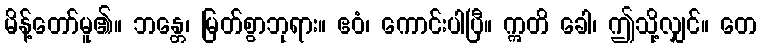
မိန့်တော်မူ၏။ ဘန္တေ၊ မြတ်စွာဘုရား။ ဧဝံ၊ ကောင်းပါပြီ။ ဣတိ ခေါ၊ ဤသို့လျှင်။ တေ